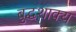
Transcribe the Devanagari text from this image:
बुद्धशाक्य